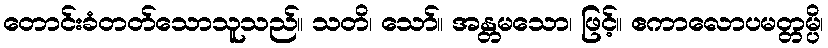
တောင်းခံတတ်သောသူသည်။ သတိ၊ သော်။ အန္တမသော၊ ဖြင့်။ ဧကာလောပမတ္တမ္ပိ၊